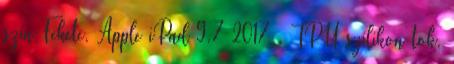
szín:Fekete, Apple iPad 9.7 2017 , TPU szilikon tok,